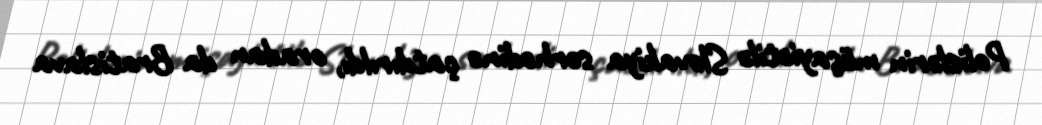
Polislərin müşayiətilə Slovakiya sərhədinə çatdırıldı, oradan da Bratislava